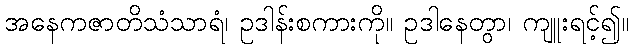
အနေကဇာတိသံသာရံ၊ ဥဒါန်းစကားကို။ ဥဒါနေတွာ၊ ကျူးရင့်၍။